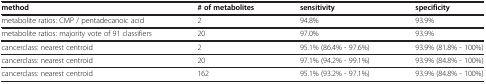
| method | # of metabolites | sensitivity | specificity |
 | --- | --- | --- | --- |
 | metabolite ratios: CMP / pentadecanoic acid | 2 | 94.8% | 93.9% |
 | metabolite ratios: majority vote of 91 classifiers | 20 | 97.0% | 93.9% |
 | cancerclass: nearest centroid | 2 | 95.1% (86.4% - 97.6%) | 93.9% (81.8% - 100%) |
 | cancerclass: nearest centroid | 20 | 97.1% (94.2% - 99.1%) | 93.9% (84.8% - 100%) |
 | cancerclass: nearest centroid | 162 | 95.1% (93.2% - 97.1%) | 93.9% (84.8% - 100%) |